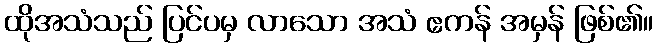
ထိုအသံသည် ပြင်ပမှ လာသော အသံ ဧကန် အမှန် ဖြစ်၏။